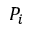
P _ { i }